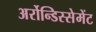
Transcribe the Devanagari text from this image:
अर्रोन्डिस्सेमेंट